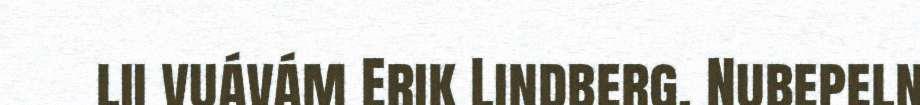
lii vuávám Erik Lindberg. Nubepeln